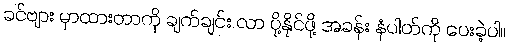
ခင်ဗျား မှာထားတာကို ချက်ချင်း လာ ပို့နိုင်ဖို့ အခန်း နံပါတ်ကို ပေးခဲ့ပါ။